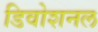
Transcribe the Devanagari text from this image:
डिवोशनल